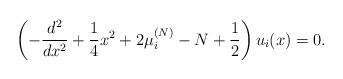
LaTeX: \begin{align*}\left( -{d^2\over dx^2}+{1\over 4}x^2+2\mu_i^{(N)}-N+{1\over 2}\right)u_i(x)=0.\end{align*}